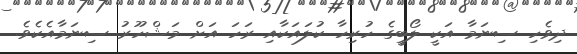
ދިވެހި ސިނަމާ އަކީ ލޯބީގެ ހުރިހާ ކުލައަކާއި ރަހަ އަށް މަޝްހޫރު ސިނަމާއެކެވެ.